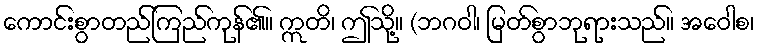
ကောင်းစွာတည်ကြည်ကုန်၏။ ဣတိ၊ ဤသို့။ (ဘဂဝါ၊ မြတ်စွာဘုရားသည်။ အဝေါစ၊